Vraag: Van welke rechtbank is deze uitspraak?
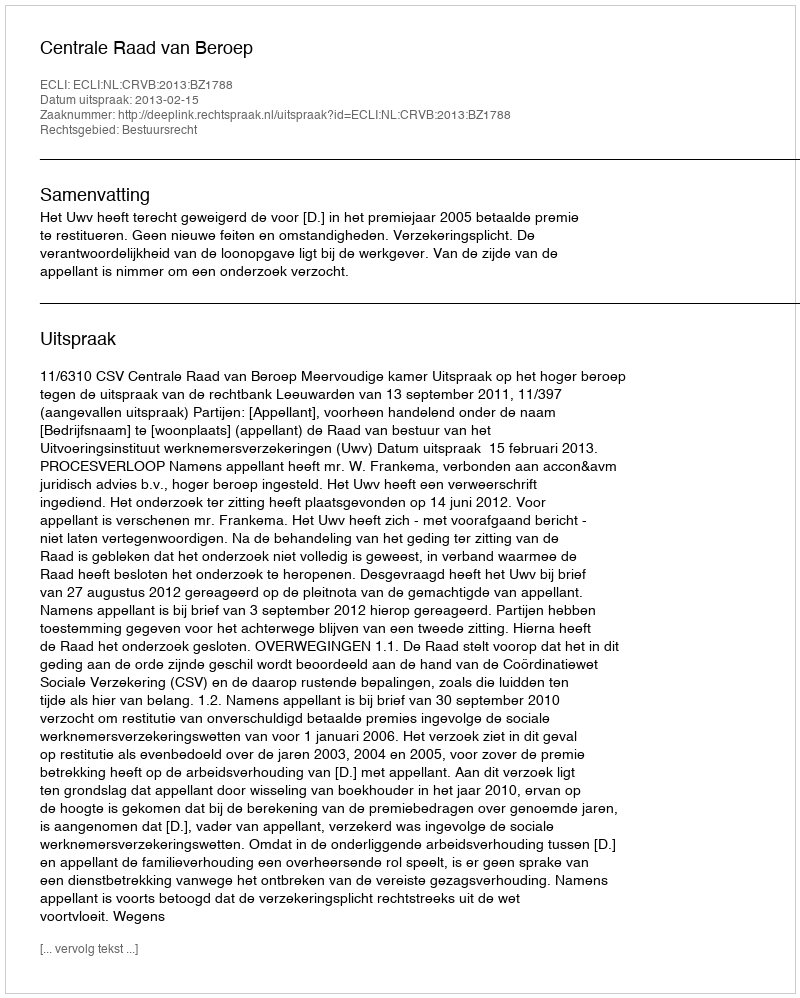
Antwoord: Centrale Raad van Beroep